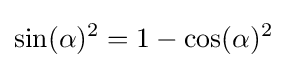
\sin(\alpha )^{2}=1-\cos(\alpha )^{2}